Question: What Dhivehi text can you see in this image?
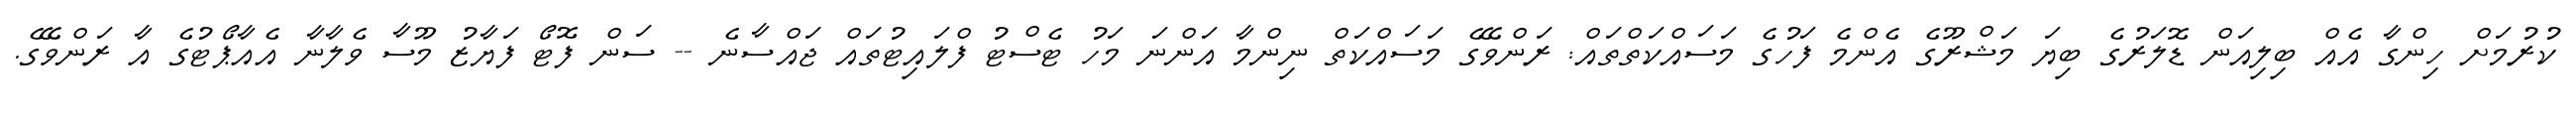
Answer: ކުރުމަށް ހިންގާ އެއް ބިލިއަން ޑޮލަރުގެ ބިޔަ މަޝްރޫގެ އެންމެ ފަހުގެ މަސައްކަތްތައް: ރަންވޭގެ މަސައްކަތް ނިންމާ އަންނަ މަހު ޓެސްޓު ފްލައިޓުތައް ޖައްސާނެ -- ސަން ފޮޓޯ ފަޔާޒު މޫސާ ވެލާނާ އެއާޕޯޓުގެ އާ ރަންވޭގެ.